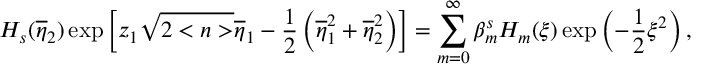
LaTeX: H _ { s } ( \overline { { { \eta } } } _ { 2 } ) \exp \left[ z _ { 1 } \sqrt { 2 < n > } \overline { { { \eta } } } _ { 1 } - \frac 1 2 \left( \overline { { { \eta } } } _ { 1 } ^ { 2 } + \overline { { { \eta } } } _ { 2 } ^ { 2 } \right) \right] = \sum _ { m = 0 } ^ { \infty } \beta _ { m } ^ { s } H _ { m } ( \xi ) \exp \left( - \frac 1 2 \xi ^ { 2 } \right) ,